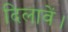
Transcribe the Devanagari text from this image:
दिलावें।